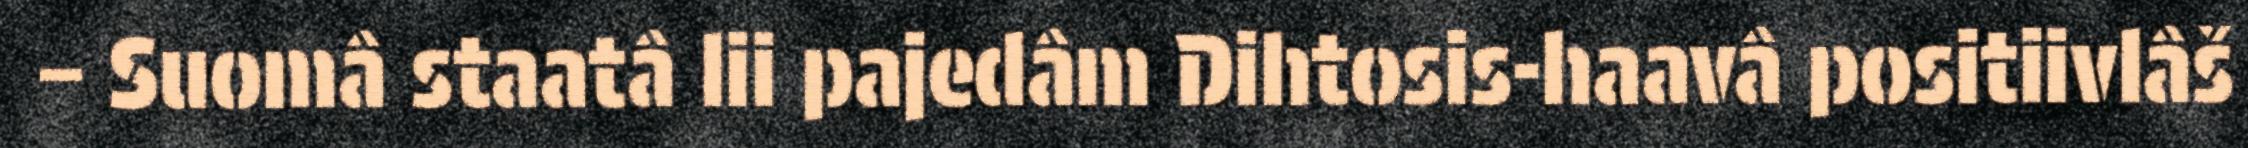
– Suomâ staatâ lii pajedâm Dihtosis-haavâ positiivlâš